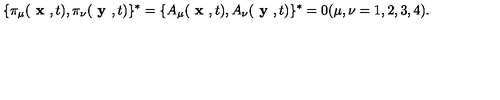
\{ \pi _ { \mu } ( \textbf { x } , t ) , \pi _ { \nu } ( \textbf { y } , t ) \} ^ { * } = \{ A _ { \mu } ( \textbf { x } , t ) , A _ { \nu } ( \textbf { y } , t ) \} ^ { * } = 0 ( \mu , \nu = 1 , 2 , 3 , 4 ) .